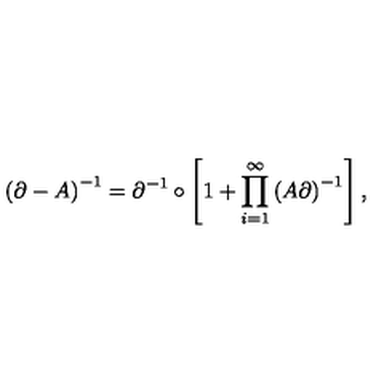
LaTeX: \left( \partial - A \right) ^ { - 1 } = \partial ^ { - 1 } \circ \left[ 1 + \prod _ { i = 1 } ^ { \infty } \left( A \partial \right) ^ { - 1 } \right] ,